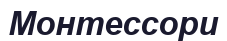
Монтессори